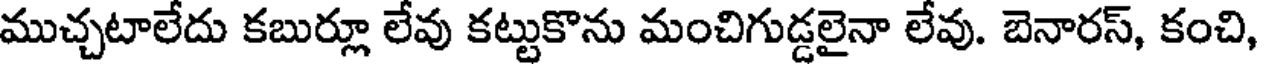
ముచ్చటాలేదు కబుర్లూ లేవు కట్టుకొను మంచిగుడ్డలైనా లేవు. బెనారస్, కంచి,